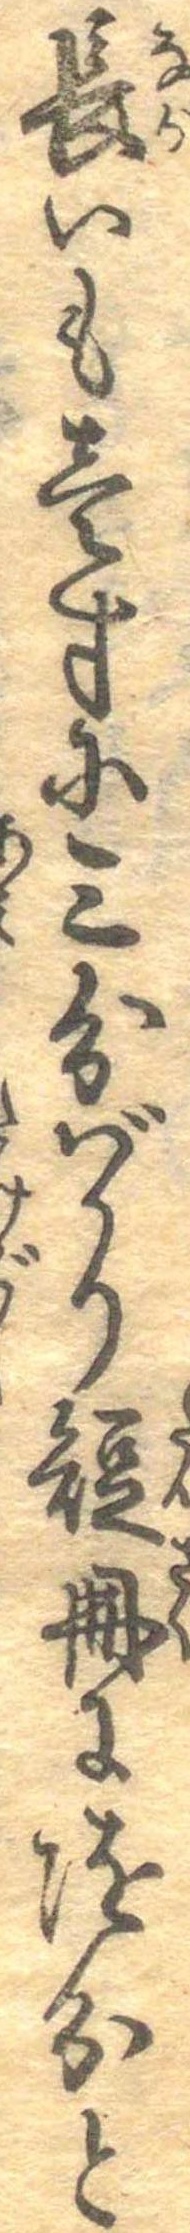
長いも壱寸に三分ばかり短冊に随分と